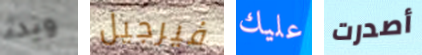
وبدء فيرجيل عليك أصدرت